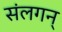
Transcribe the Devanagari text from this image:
संलगन्